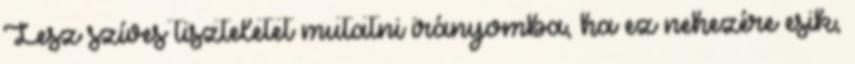
Lesz szíves tiszteletet mutatni irányomba, ha ez nehezére esik,